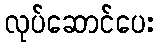
လုပ်ဆောင်ပေး